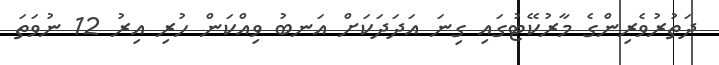
ދަތުރުވެރިންގެ މާރުކޭޓުގައި ގިނަ އަދަދަކަށް އަނބު ވިއްކަން ހުރި އިރު 12 ނުވަތަ